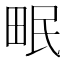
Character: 𤱕